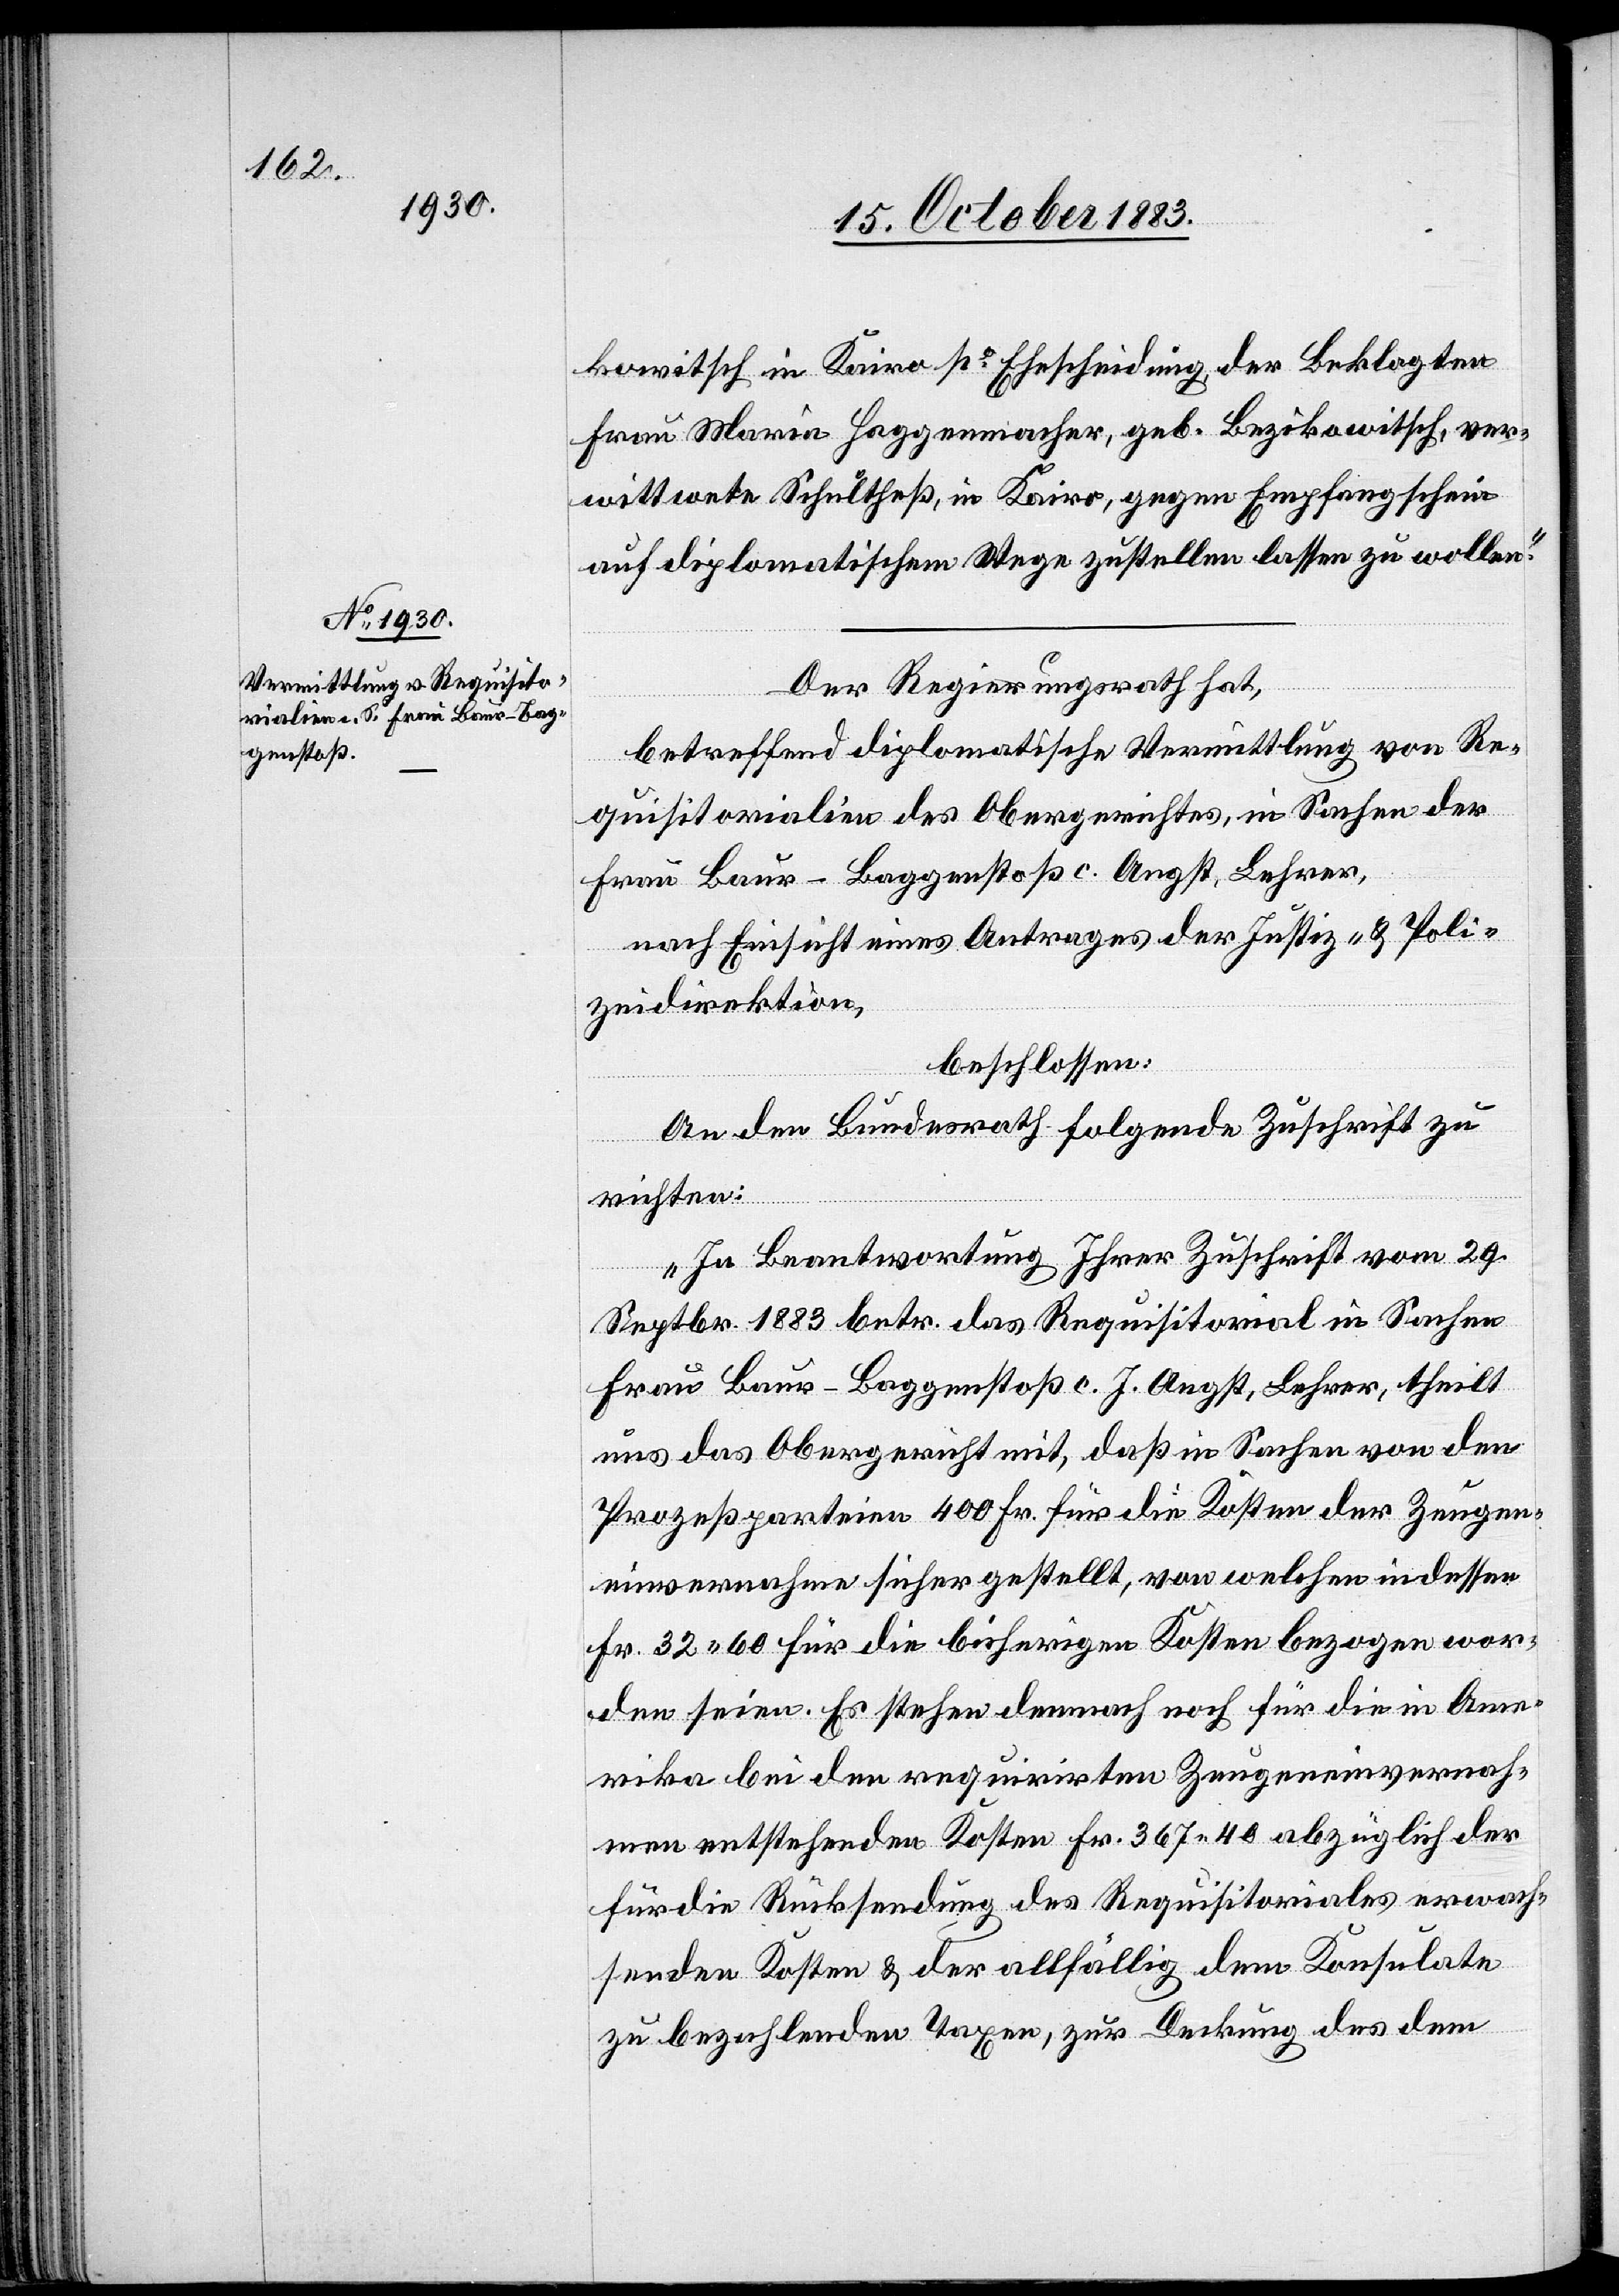
kowitsch in Kairo po Ehescheidung der Beklagten
Frau Maria Haggenmacher, geb. Bezikowitsch, ver¬
wittwete Schultheß, in Kairo, gegen Empfangsschein
auf diplomatischem Wege zustellen lassen zu wollen.“
Der Regierungsrath hat,
betreffend die diplomatische Vermittlung von Re¬
quisitorialien des Obergerichtes, in Sachen der
Frau Baur-Baggenstoß c. Angst, Lehrer,
nach Einsicht eines Antrages der Justiz- & Poli¬
zeidirektion,
beschlossen:
An den Bundesrath folgende Zuschrift zu
richten:
„In Beantwortung Ihrer Zuschrift vom 29.
Septbr. 1883 betr. das Requisitorial in Sachen
Frau Baur-Baggenstoß c. J. Angst, Lehrer, theilt
uns das Obergericht mit, daß in Sachen von den
Prozeßparteien 400 Fr. für die Kosten der Zeugen¬
einvernahme sicher gestellt, von welchen indessen
Fr. 32 60 für die bisherigen Kosten bezogen wor¬
den seien. Es stehen demnach noch für die in Ame¬
rika bei den requirirten Zeugeneinvernah¬
men entstehenden Kosten Fr. 367 40 abzüglich der
für die Rücksendung des Requisitoriales erwach¬
senden Kosten & der allfällig dem Konsulate
zu bezahlenden Taxen, zur Deckung des dem